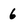
Character: 6